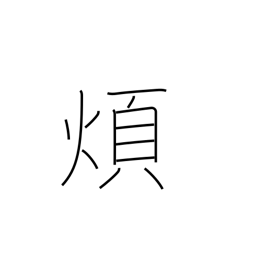
Meaning: nuisance